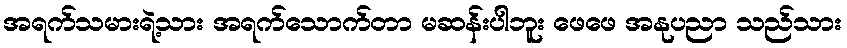
အရက်သမားရဲ့သား အရက်သောက်တာ မဆန်းပါဘူး ဖေဖေ အနုပညာ သည်သား